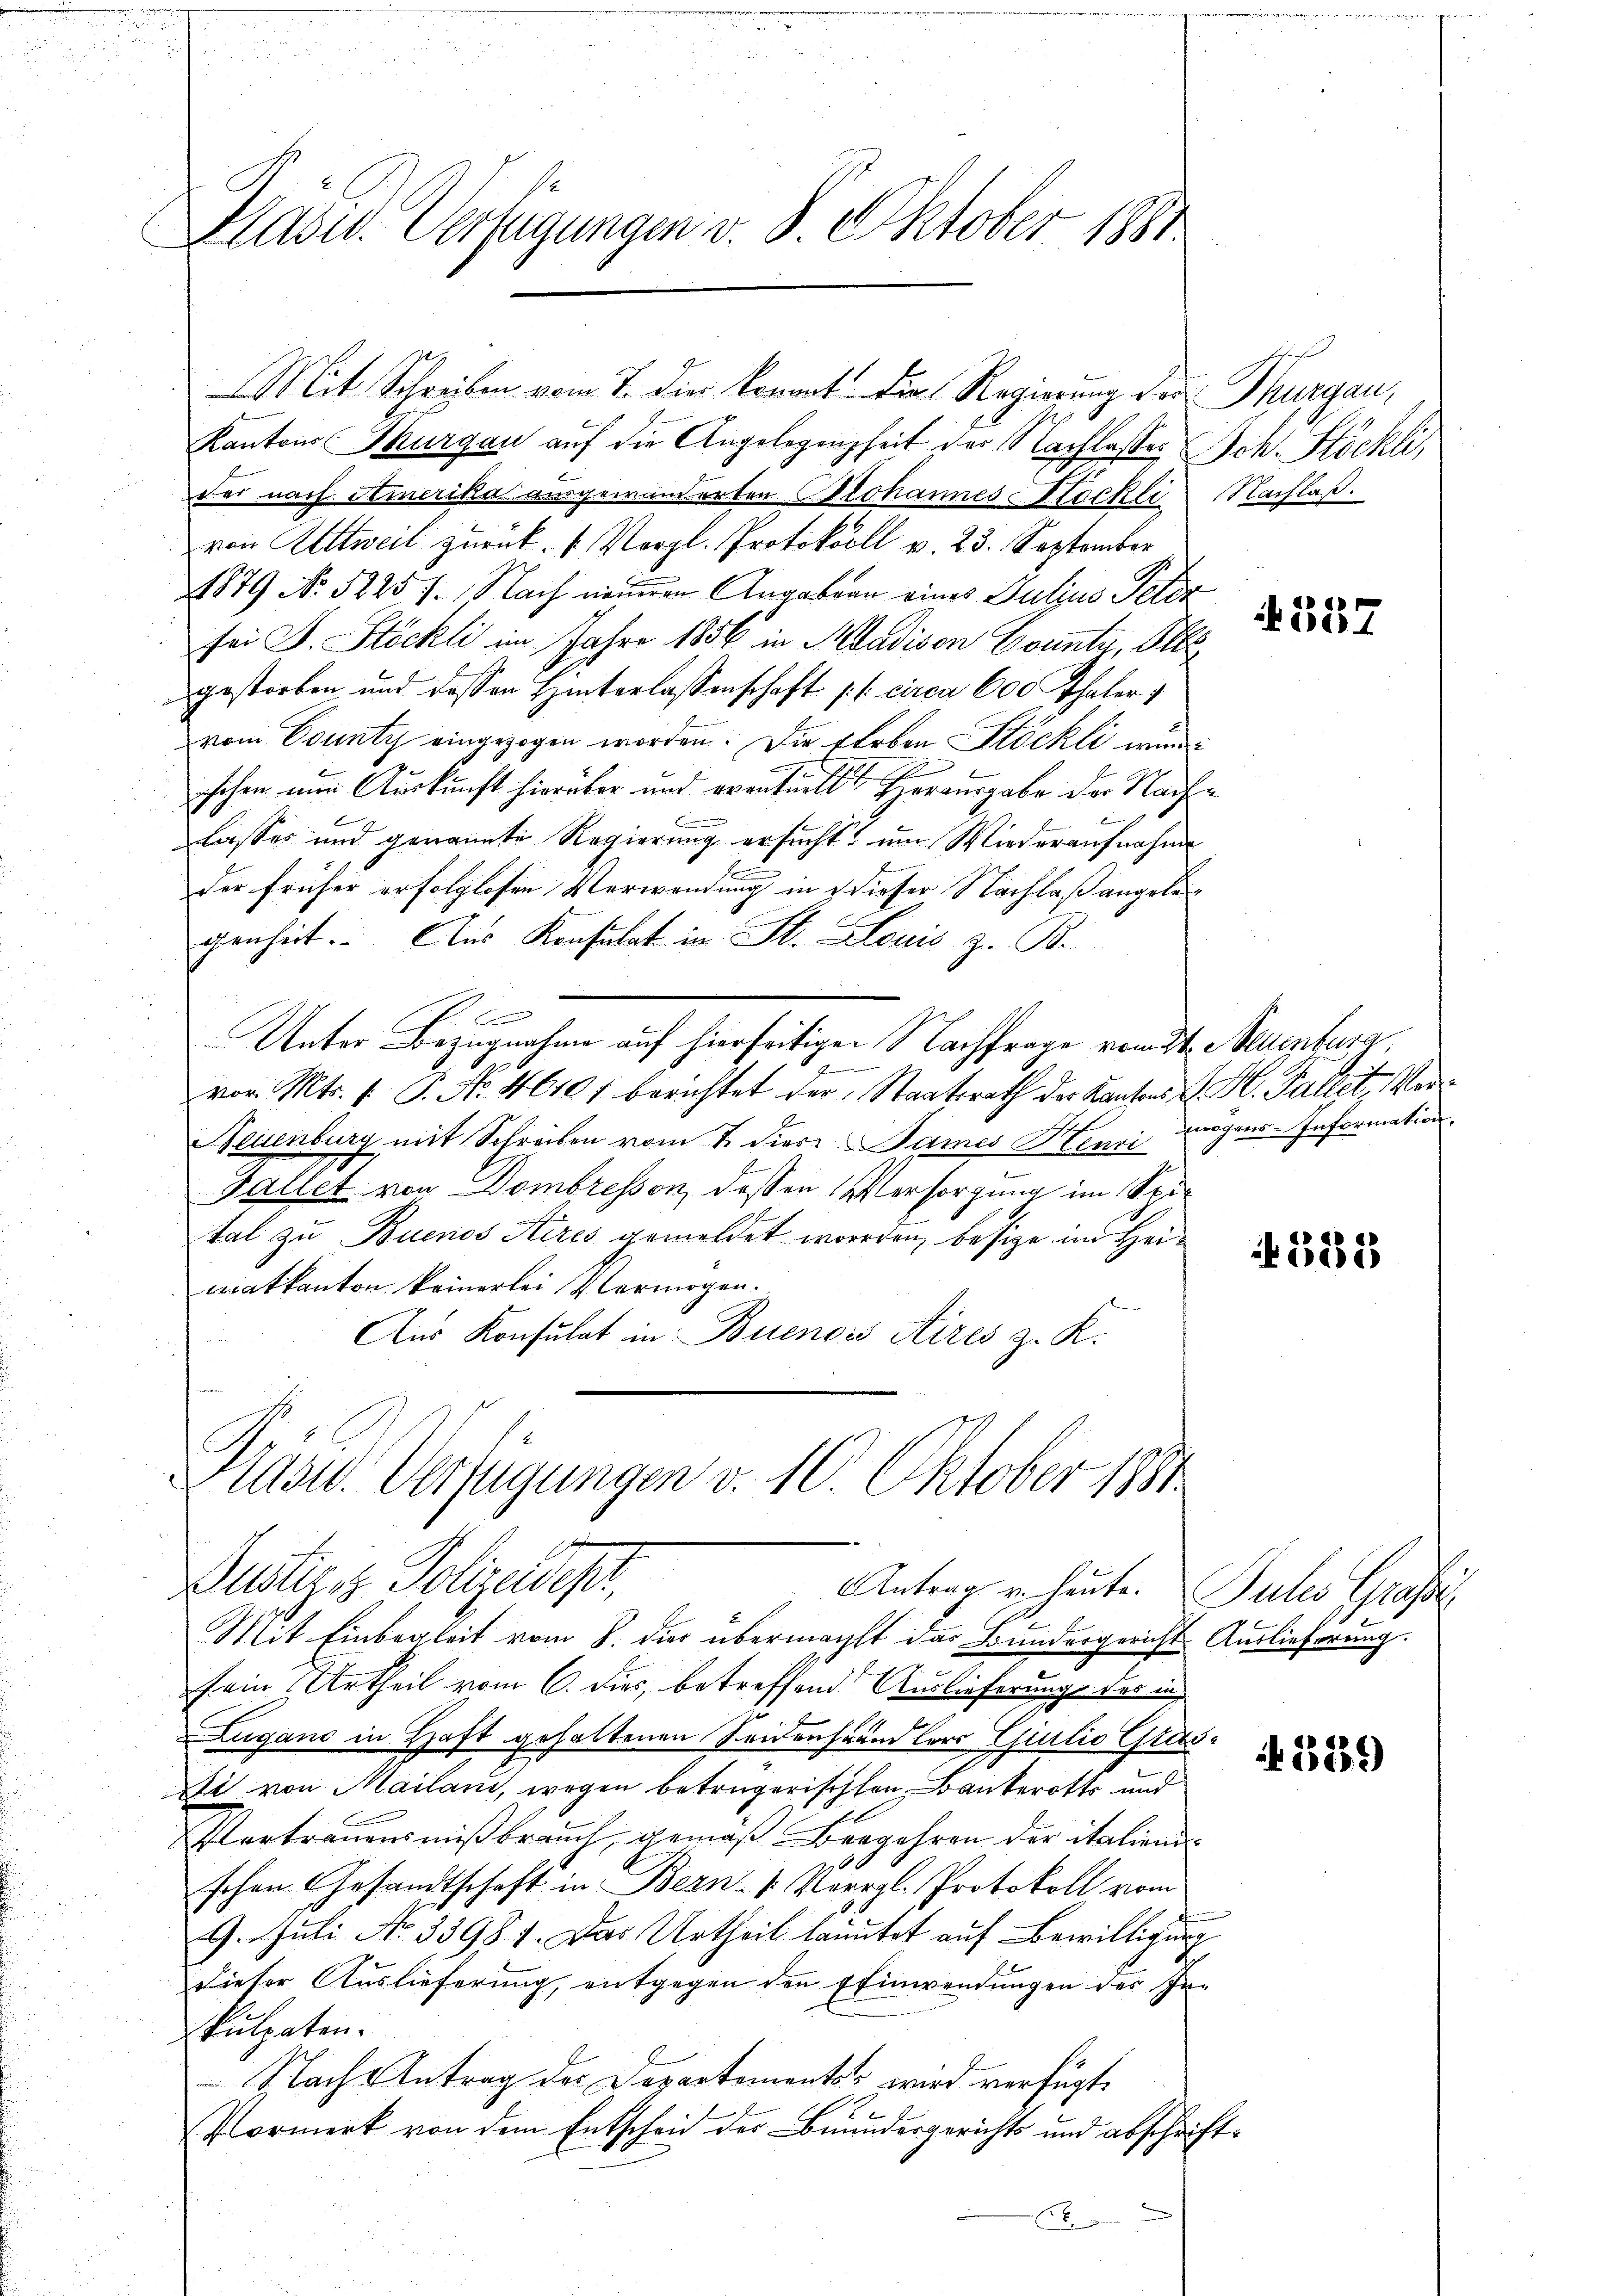
Blasid. Verfügungen v. 8. Oktober 1881.

Kantons Thurgau auf die Angelegenheit der Nachlasses Sch. Stöckli,
der nach Amerika ausgewänderten Prohannes Stockli Nachlaß.
van Zittweil zurück. (: Vorgl. Protokoll v. 23. September
1879 No 52257. Nach neueren Angaben eines Julius Peter
sei J. Stöckli im Jahre 1856 in Kladisen County, Kle
gestorben und dessen Hinterlassenschaft (l. circa 600 Thaler 1
vom County eingezogen worden. Die Erben Stöckli wurde
d
schen nun Auskunft hierüber und eventuelle Herausgabe der Nach¬
F
lasses und genannte Regierung ersucht, um Wiederaufnahme
der früher erfolglosen Verwendung in d dieser Nachlaß angelegenheit. Aus Konsulat in St. Louis z. B.
b
Unter Bezugnahme auf hierseitigen Nachfrage vom 24. Neuenburg

vor. Mts. f. P. No. 4610 f berichtet der Staatsrath der Kantons E. H. Pallet, Ver¬
Neuenburg mit Schreiben vom 7. dies ames Henri mögens-Information.
Gallet von Dombresson dessen Versorgung im Spi¬
Stal zu Buenos Aires gemeldet worden, besize im Heimatkanton keinerlei Vermögen.
Aus Konsulat in Buenois Aires z. K.

Präsid. Verfügungen v. 10. Oktober 1881

Mit Schreiben vom 7. dies konnt. Die Regierung der Thurgau,

Justiz Polizeidept,
Antrag u. heute. Sules Grasse

Mit Einbegleit vom 8. dies übermacht das Bundesgericht Auslieferung.
sein Urtheil vom 6. dies, betreffend Auslieferung des in
Zugano in Haft gehaltenen Seidenhändlers Giulio Gras¬
Di von Mailand, wegen betrügerischen Bankerotts und
Pertrauensmißbrauch, gemäß Begehren der italienischen Gesandtschaft in Bern (Vergl. Protokoll vom
9. Juli No 33981. Das Urtheil lautet auf Bewilligung
dieser Auslieferung, entgegen den Einwendungen der Inkulpaten.
Nach Antrag des Departements wird verfügt.
.
Vormerk von dem Entscheid der Benedergerichts und abschrift¬
.

4557

322

329)